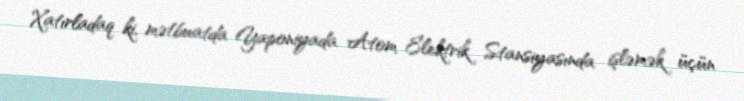
Xatırladaq ki, mətbuatda Yaponiyada Atom Elektrik Stansiyasında işləmək üçün